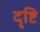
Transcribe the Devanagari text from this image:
दॄ्ष्टि